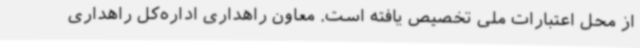
از محل اعتبارات ملی تخصیص یافته است. معاون راهداری اداره‌کل راهداری